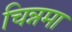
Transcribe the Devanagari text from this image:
चिन्नमा